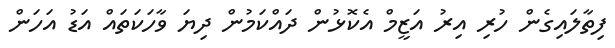
ފިތާލައިގެން ހުރި އިރު އަޒީމް އެކޮޅުން ދައްކަމުން ދިޔަ ވާހަކަތައް އަޑު އަހަން